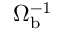
\Omega _ { \mathrm { b } } ^ { - 1 }